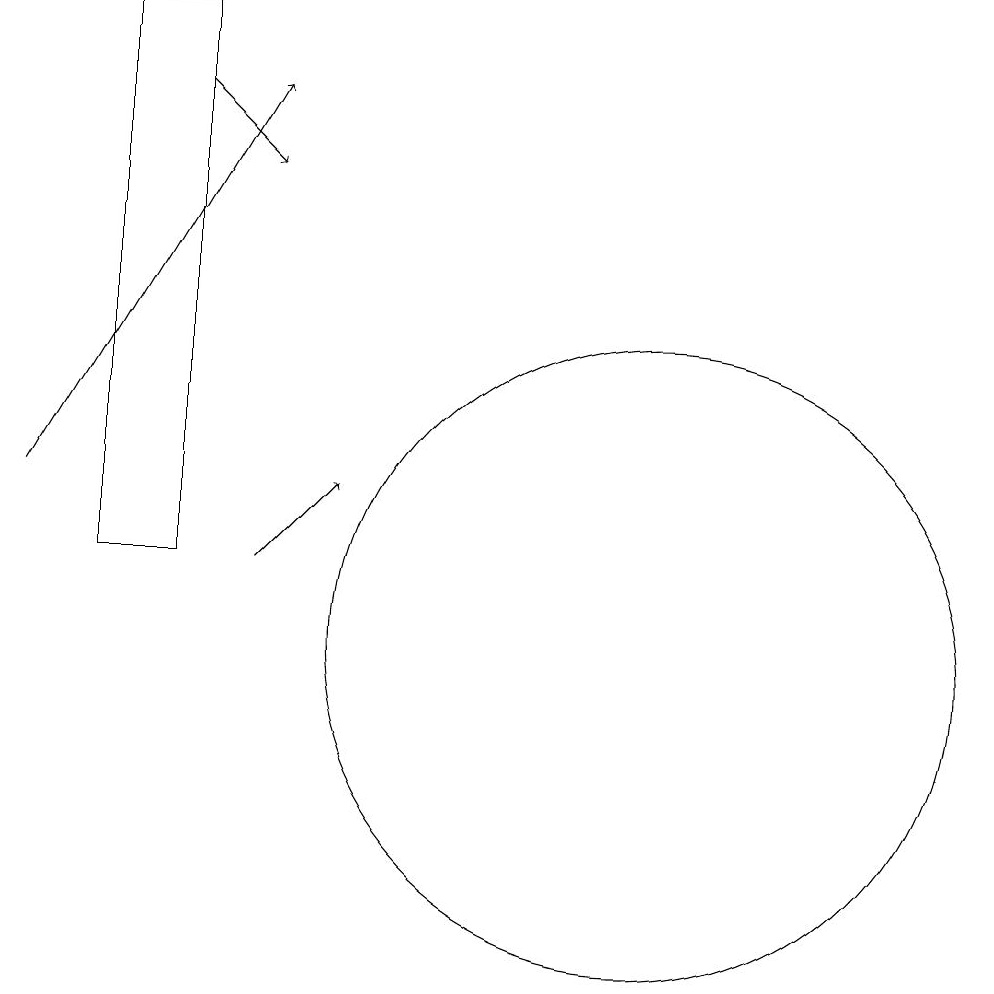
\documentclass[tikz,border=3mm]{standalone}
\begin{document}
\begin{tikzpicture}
\draw[->] (4,12) -- (7,17);
\draw (12,10) circle (4);
\draw[->] (7,11) -- (8,12);
\draw (5,11) rectangle (6,18);
\draw[->] (6,17) -- (7,16);
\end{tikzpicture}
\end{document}